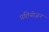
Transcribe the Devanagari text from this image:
प्रतियोजन